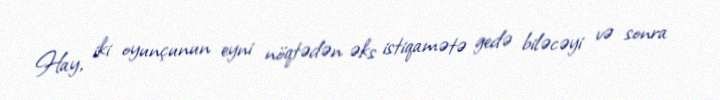
Hay, iki oyunçunun eyni nöqtədən əks istiqamətə gedə biləcəyi və sonra